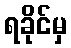
ရခိုင်မှ